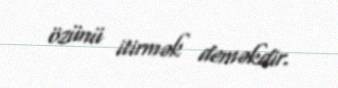
özünü itirmək deməkdir.